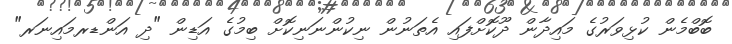
ބޮބްމެން ކުޅިވަރުގެ މައިދާން ދޫކޮށްފައި އެތަނުން ނިކުންނަނިކޮށް ބިމުގެ އަޑިން "ދި އަންޑރމައިނަރ"